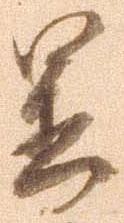
置